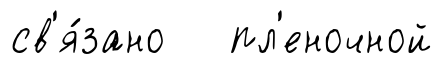
св'я́зано пл'еночной